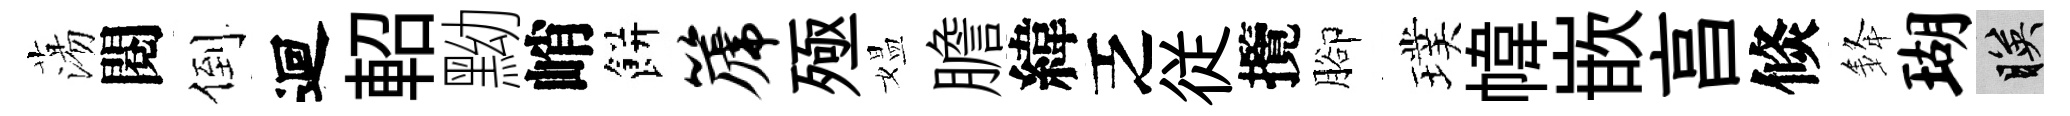
蕩閱倒迴軺黝峭餅篪殛媪膽緯乏従攬腳璞幃嵌亯倐𨦟瑚映